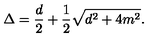
\Delta = \frac { d } { 2 } + \frac { 1 } { 2 } \sqrt { d ^ { 2 } + 4 m ^ { 2 } } .